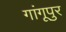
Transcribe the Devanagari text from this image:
गांगूपुर